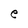
Character: e